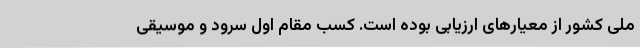
ملی کشور از معیارهای ارزیابی بوده است. کسب مقام اول سرود و موسیقی